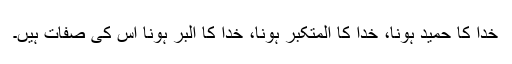
خدا کا حمید ہونا، خدا کا المتکبر ہونا، خدا کا البر ہونا اس کی صفات ہیں۔